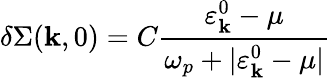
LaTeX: \delta\Sigma(\mathbf{k},0)=C\frac{{\varepsilon_{\mathbf{k}}^{0}-\mu}}{{\omega_{p}+|\varepsilon_{\mathbf{k}}^{0}-\mu|}}